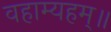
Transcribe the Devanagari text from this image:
वहाम्यहम्॥